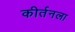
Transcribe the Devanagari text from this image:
कीर्तनला